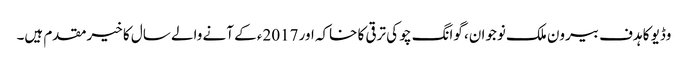
وڈیو کا ہدف بیرون ملک نوجوان، گوانگ چو کی ترقی کا خاکہ اور 2017ء کے آنے والے سال کا خیرمقدم ہیں۔